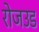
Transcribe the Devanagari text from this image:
रोजउड